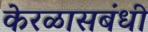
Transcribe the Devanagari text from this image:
केरळासबंधी